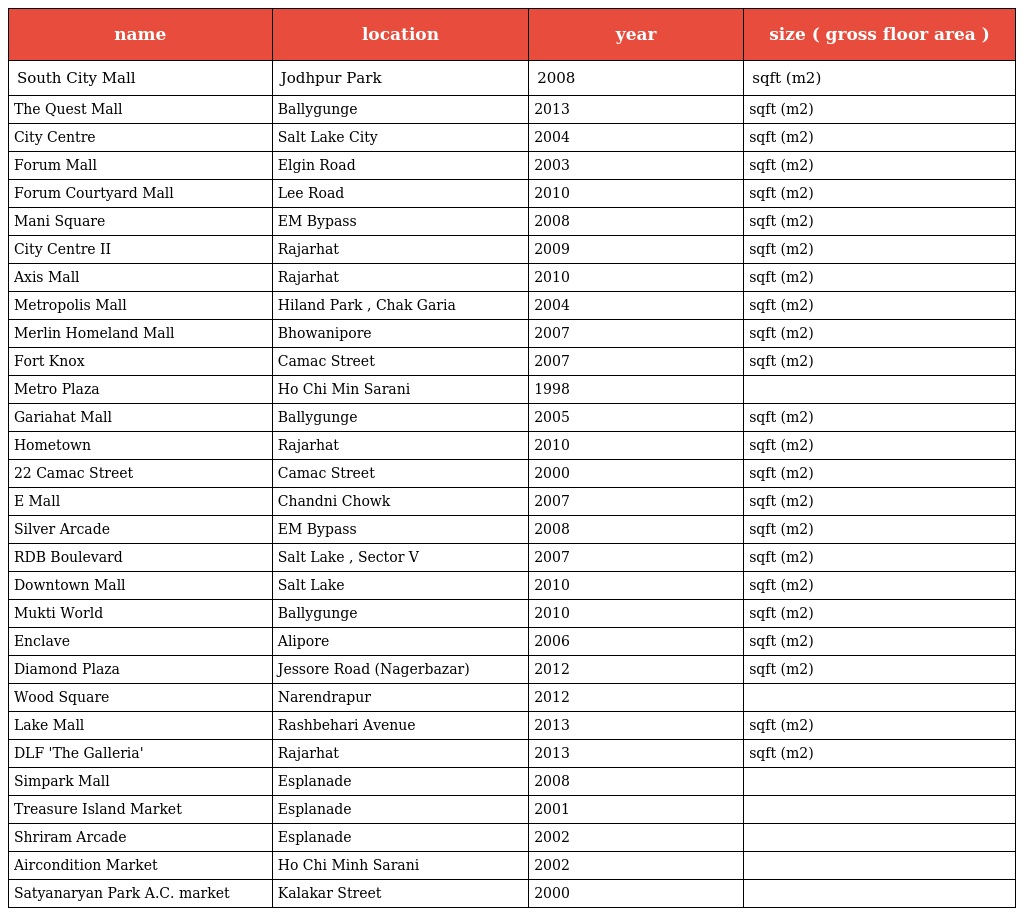
| name | location | year | size ( gross floor area ) |
 | --- | --- | --- | --- |
 | South City Mall | Jodhpur Park | 2008 | sqft (m2) |
 | The Quest Mall | Ballygunge | 2013 | sqft (m2) |
 | City Centre | Salt Lake City | 2004 | sqft (m2) |
 | Forum Mall | Elgin Road | 2003 | sqft (m2) |
 | Forum Courtyard Mall | Lee Road | 2010 | sqft (m2) |
 | Mani Square | EM Bypass | 2008 | sqft (m2) |
 | City Centre II | Rajarhat | 2009 | sqft (m2) |
 | Axis Mall | Rajarhat | 2010 | sqft (m2) |
 | Metropolis Mall | Hiland Park , Chak Garia | 2004 | sqft (m2) |
 | Merlin Homeland Mall | Bhowanipore | 2007 | sqft (m2) |
 | Fort Knox | Camac Street | 2007 | sqft (m2) |
 | Metro Plaza | Ho Chi Min Sarani | 1998 |  |
 | Gariahat Mall | Ballygunge | 2005 | sqft (m2) |
 | Hometown | Rajarhat | 2010 | sqft (m2) |
 | 22 Camac Street | Camac Street | 2000 | sqft (m2) |
 | E Mall | Chandni Chowk | 2007 | sqft (m2) |
 | Silver Arcade | EM Bypass | 2008 | sqft (m2) |
 | RDB Boulevard | Salt Lake , Sector V | 2007 | sqft (m2) |
 | Downtown Mall | Salt Lake | 2010 | sqft (m2) |
 | Mukti World | Ballygunge | 2010 | sqft (m2) |
 | Enclave | Alipore | 2006 | sqft (m2) |
 | Diamond Plaza | Jessore Road (Nagerbazar) | 2012 | sqft (m2) |
 | Wood Square | Narendrapur | 2012 |  |
 | Lake Mall | Rashbehari Avenue | 2013 | sqft (m2) |
 | DLF 'The Galleria' | Rajarhat | 2013 | sqft (m2) |
 | Simpark Mall | Esplanade | 2008 |  |
 | Treasure Island Market | Esplanade | 2001 |  |
 | Shriram Arcade | Esplanade | 2002 |  |
 | Aircondition Market | Ho Chi Minh Sarani | 2002 |  |
 | Satyanaryan Park A.C. market | Kalakar Street | 2000 |  |